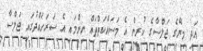
އަދި މިރޭގެ ޖަލްސާގެ ކުރިން އެ މަސައްކަތްތައް ނިންމައި އެ ސަރަހައްދުގައި ޖަލްސާ